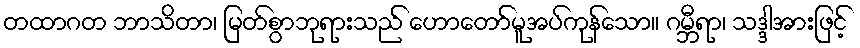
တထာဂတ ဘာသိတာ၊ မြတ်စွာဘုရားသည် ဟောတော်မူအပ်ကုန်သော။ ဂမ္ဘီရာ၊ သဒ္ဒါအားဖြင့်